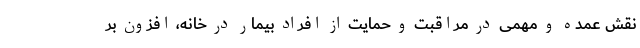
نقش عمده و مهمی در مراقبت و حمایت از افراد بیمار در خانه، افزون بر